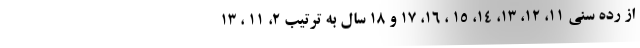
از رده سنی ۱۱، ۱۲، ۱۳، ۱۴، ۱۵ ، ۱۶، ۱۷ و ۱۸ سال به ترتیب ۲، ۱۱ ، ۱۳